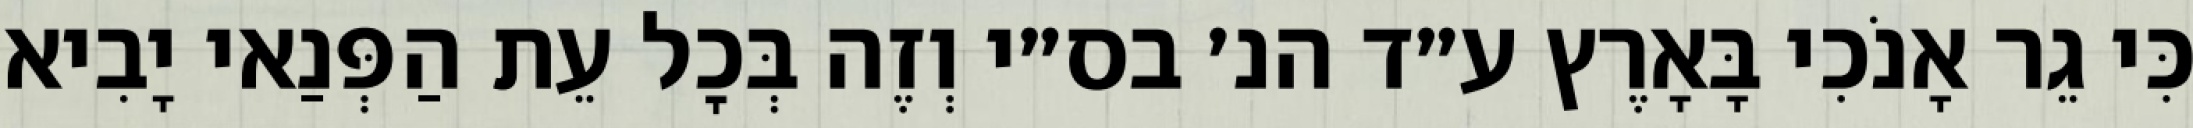
כִּי גֵר אָנֹכִי בָּאָרֶץ ע״ד הנ׳ בס״י וְזֶה בְּכׇל עֵת הַפְּנַאי יָבִיא